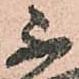
不